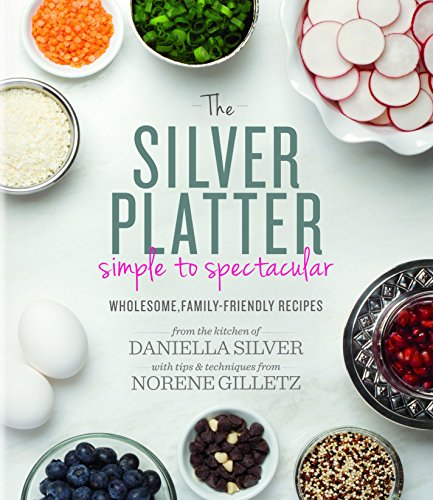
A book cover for The Silver Platter: Simple to Spectacular Wholesome, Family-Friendly Recipes; Daniella Silver; Cookbooks, Food & Wine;